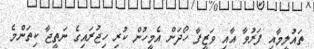
ތައުލީމާއި ފަރުވާ އާއި ވަޒީފާ ހޯދަން އެމީހުން ކުރި ހިޖުރައިގެ ނަތީޖާ ކިތަންމެ